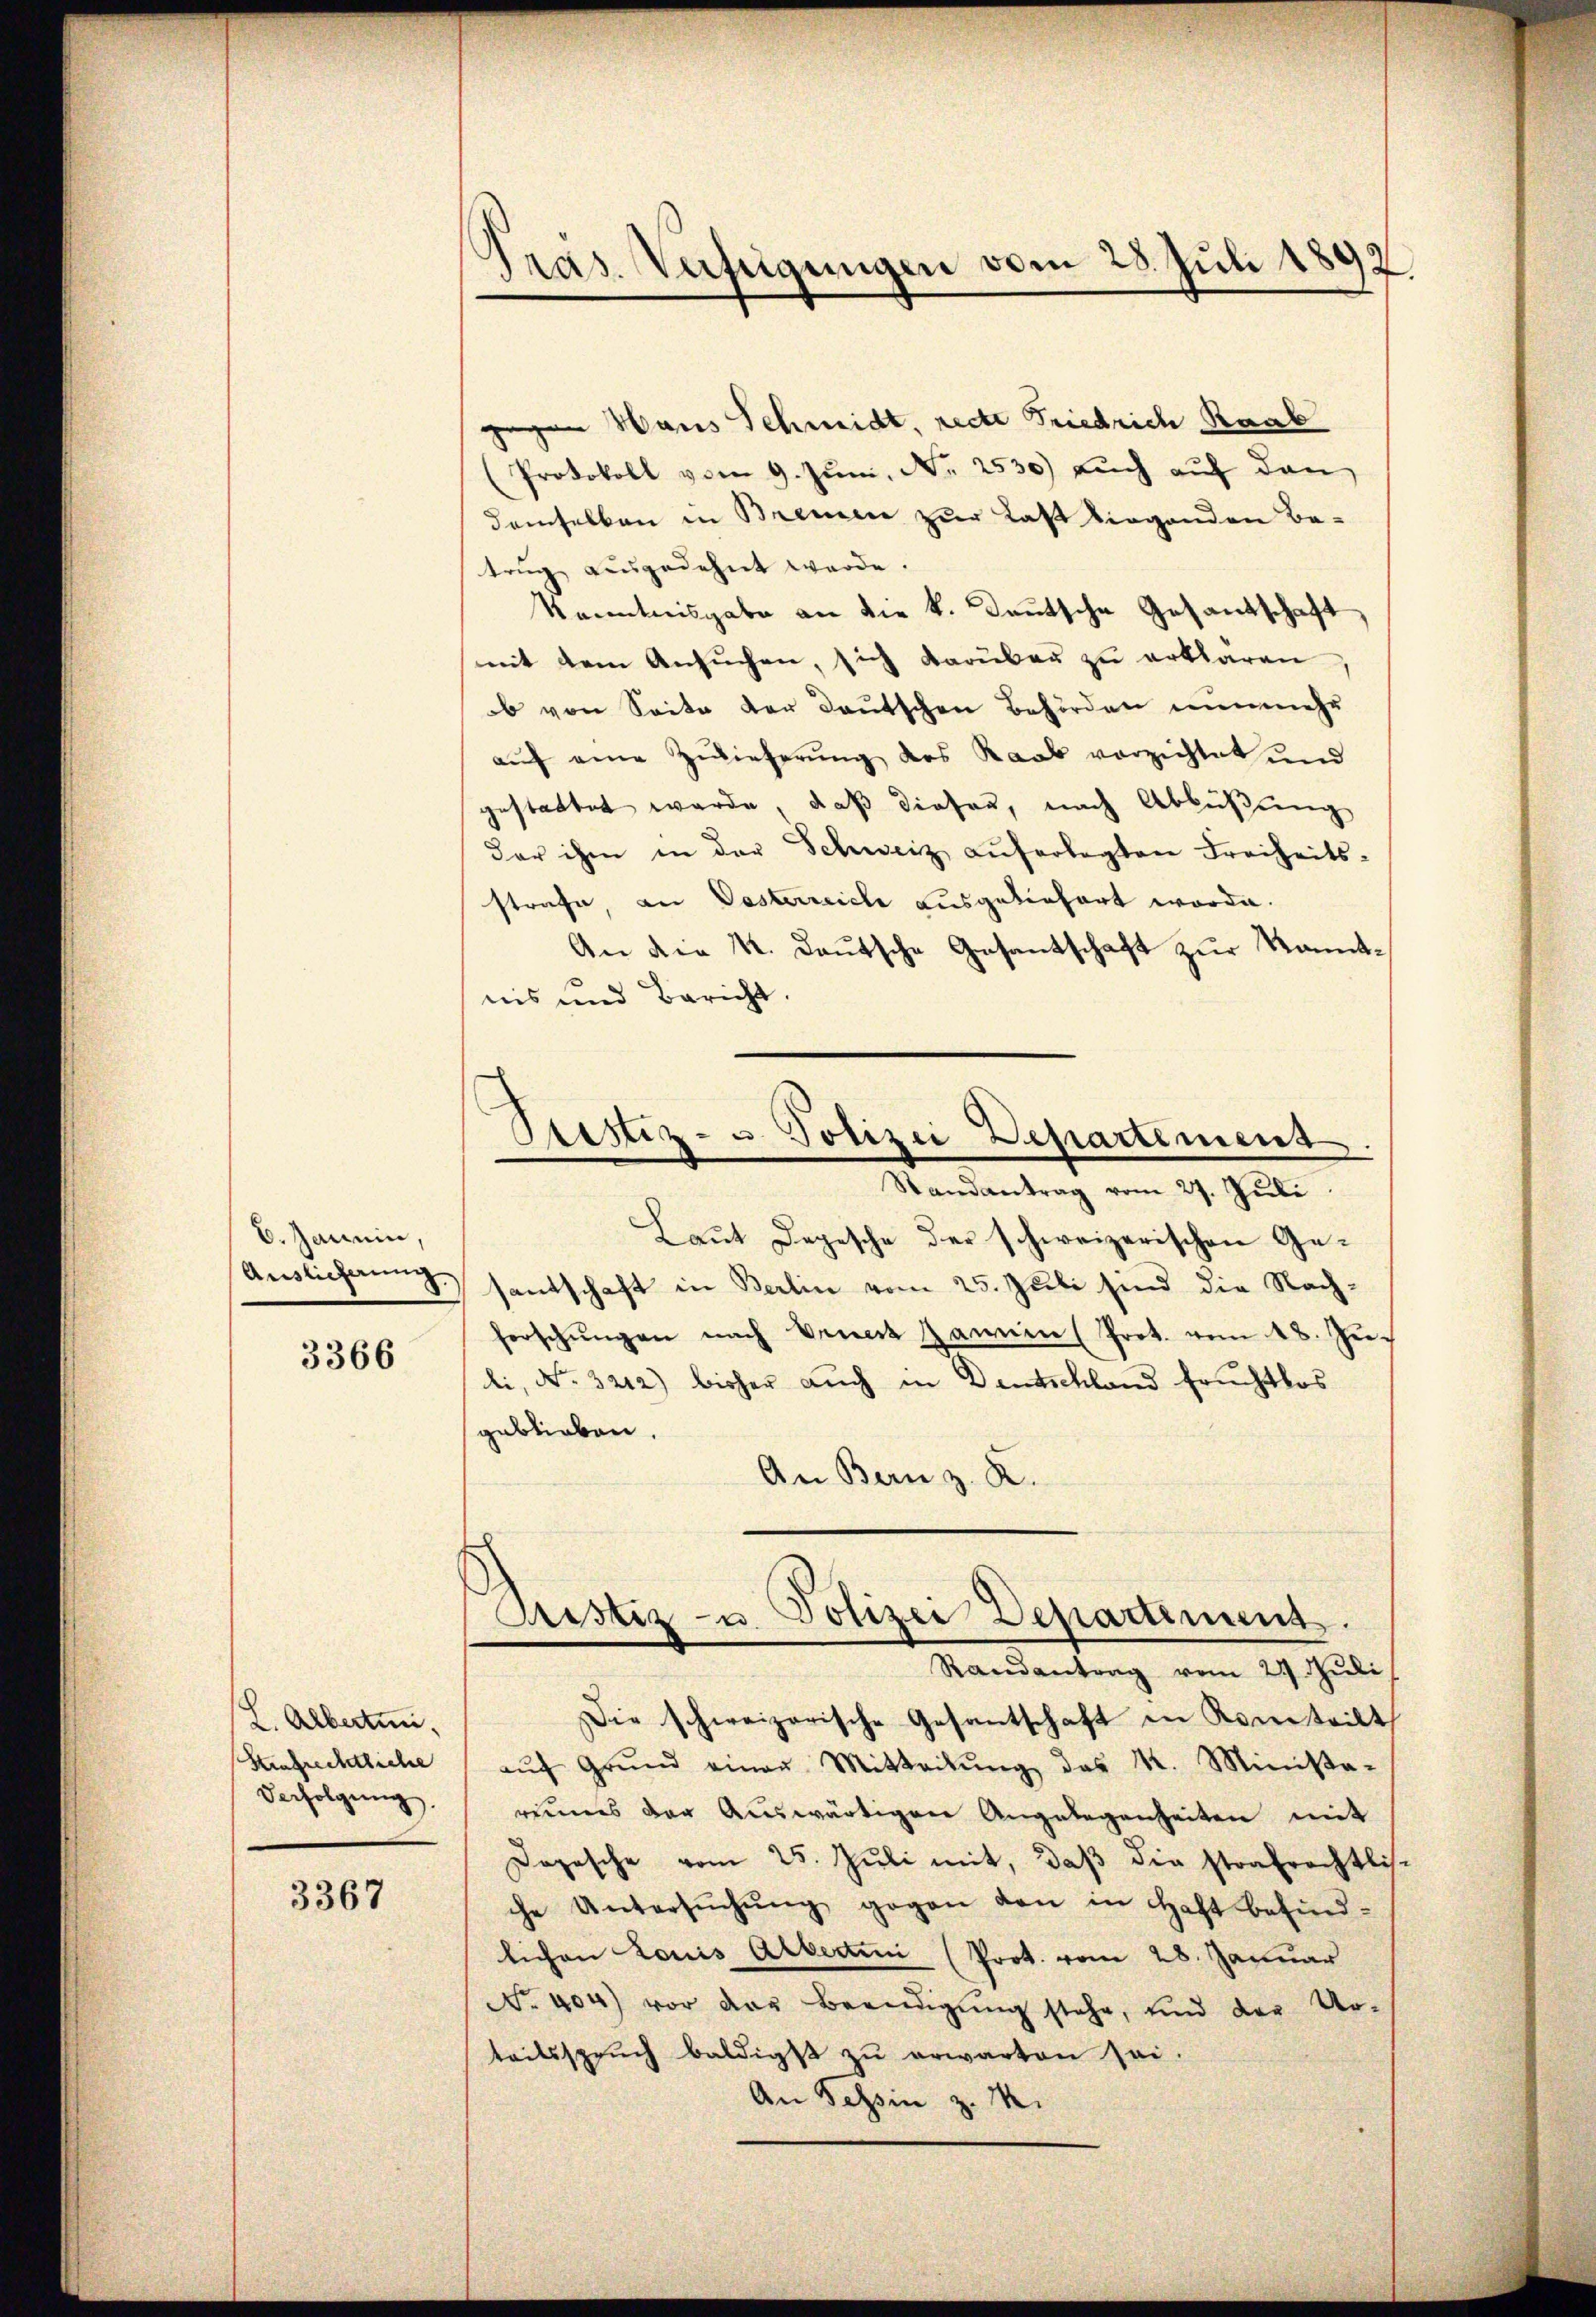
6. Janein,
Auslieferung
3366

L. Albertini.
Strafrechtliche
Verfolgung.

3367

Pras. Verfügungen vom 25. Juli 1892

Ptistiz- u. Polizei Departement
d
Randantrag vom 27. Juli

gegen Haus Schmidt, recte Friedrich Raab
(Protokoll vom 9. Jŭni, Nr. 2530) auch auf den
demselben in Bremen zur Last liegenden Be-
trug ausgedehnt werde.
Kenntnisgabe an die k. Deutsche Gesandschaft
mit dem Ansuchen, sich darüber zu erklären
ob von Seite der Deutschen Behörden nunmehr
auf eine Zwieferung des Raub vorzichtet und
gestattet wurde, daß diesen, nach Abbüßung
der ihm in der Schweiz auferlegten Freiheits-
strafe, an Oesterreiche ausgeliefert worde.
An die K. Baŭtsche Gesantschaft zŭr Kannt-
nis und Bericht.
Laut Depesche der schweizerischen Gesantschaft in Berlin vom 25. Juli sind die Nachferschŭngen nach Beweit Jamien (Prot. vom 18. Ju
li, No. 3212) bisher auch in Deutschland fruchtlos
geblieben.
An Bern z. R.
Justiz- u. Polizei Departement.
Randantrag vom 21. Juli
Die schweizerische Gesantschaft in Kemteilt
aŭf Grŭnd einen Mitteilŭng des K. Minista-
reimes der Auswärtigen Angelegenheiten mit
Dopesche vom 25. Jŭli mit, daβ die strafrechtlis-
che Untersŭchŭng gegen von in Haft befind-
lichen Louis Albertin (Prot. vom 28. Januar
No. 404) vor der Beendigŭng stehe, und der Ur-
teilsspruch baldigst zŭ erwarten sei.
An Schin z. M.